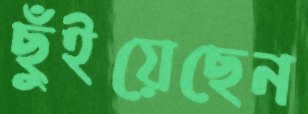
ছুঁইয়েছেন